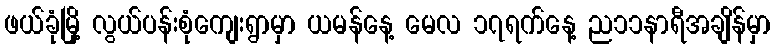
ဖယ်ခုံမြို့ လွယ်ပန်းစုံကျေးရွာမှာ ယမန်နေ့ မေလ ၁၇ရက်နေ့ ည၁၁နာရီအချိန်မှာ